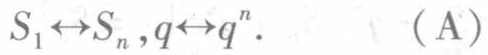
\[
S_{1}\leftrightarrow S_{n},q\leftrightarrow q^{n}.\qquad (\mathrm{A})
\]